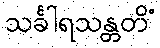
သင်္ခါရသန္တတိံ